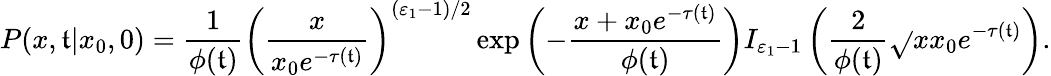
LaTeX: P(x,\mathfrak{t}|x_{0},0)=\frac{{1}}{{\phi(\mathfrak{t})}}\left(\frac{{x}}{{x_{0}e^{-\tau(\mathfrak{t})}}}\right)^{(\varepsilon_{1}-1)/2}\exp\left(-\frac{{x+x_{0}e^{-\tau(\mathfrak{t})}}}{{\phi(\mathfrak{t})}}\right)I_{\varepsilon_{1}-1}\left(\frac{{2}}{{\phi(\mathfrak{t})}}\sqrt{}{{xx_{0}e^{-\tau(\mathfrak{t})}}}\right).